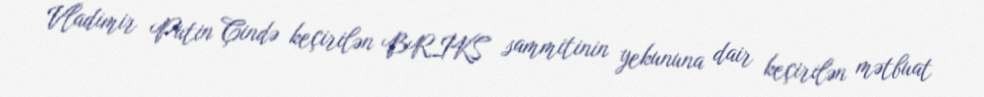
Vladimir Putin Çində keçirilən BRİKS sammitinin yekununa dair keçirilən mətbuat